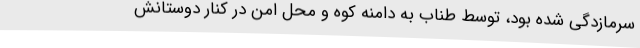
سرمازدگی شده بود، توسط طناب به دامنه کوه و محل امن در کنار دوستانش